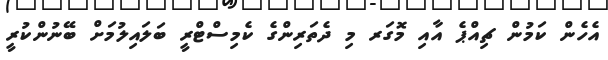
އެހެން ކަމުން ޗިއްޕެ އާއި މޮގަރ މި ދެތަރިންގެ ކެމިސްޓްރީ ބަލައިލުމަށް ބޭނުންކުރީ